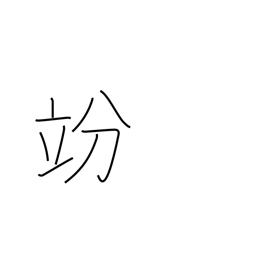
Meaning: decilitre